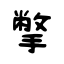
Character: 撆